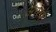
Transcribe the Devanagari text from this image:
आरपें